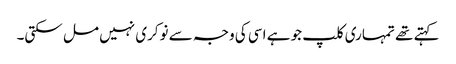
کہتے تھے تمہاری کلپ جو ہے اسی کی وجہ سے نوکری نہیں مل سکتی۔